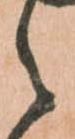
之